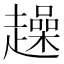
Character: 趮